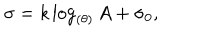
LaTeX: \sigma = k \log _ { ( \theta ) } A + \sigma _ { 0 } ,